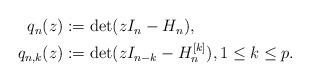
LaTeX: \begin{align*}\begin{aligned}q_{n}(z) & :=\det(z I_{n}-H_{n}),\\q_{n,k}(z) & :=\det(z I_{n-k}-H_{n}^{[k]}),1\leq k\leq p.\end{aligned}\end{align*}